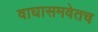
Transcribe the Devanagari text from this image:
वाघासमवेतच